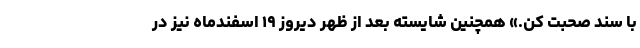
با سند صحبت کن.» همچنین شایسته بعد از ظهر دیروز ۱۹ اسفندماه نیز در